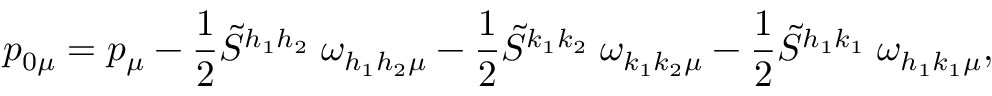
p _ { 0 \mu } = p _ { \mu } - \frac { 1 } { 2 } \tilde { S } ^ { h _ { 1 } h _ { 2 } } \; \omega _ { h _ { 1 } h _ { 2 } \mu } - \frac { 1 } { 2 } \tilde { S } ^ { k _ { 1 } k _ { 2 } } \; \omega _ { k _ { 1 } k _ { 2 } \mu } - \frac { 1 } { 2 } \tilde { S } ^ { h _ { 1 } k _ { 1 } } \; \omega _ { h _ { 1 } k _ { 1 } \mu } ,